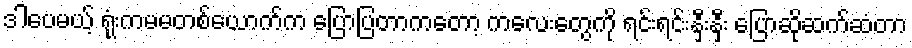
ဒါပေမယ့် ရုံးကမမတစ်ယောက်က ပြောပြတာကတော့ ကလေးတွေကို ရင်းရင်းနှီးနှီး ပြောဆိုဆက်ဆံတာ